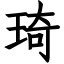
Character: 琦